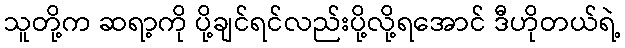
သူတို့က ဆရာ့ကို ပို့ချင်ရင်လည်းပို့လို့ရအောင် ဒီဟိုတယ်ရဲ့